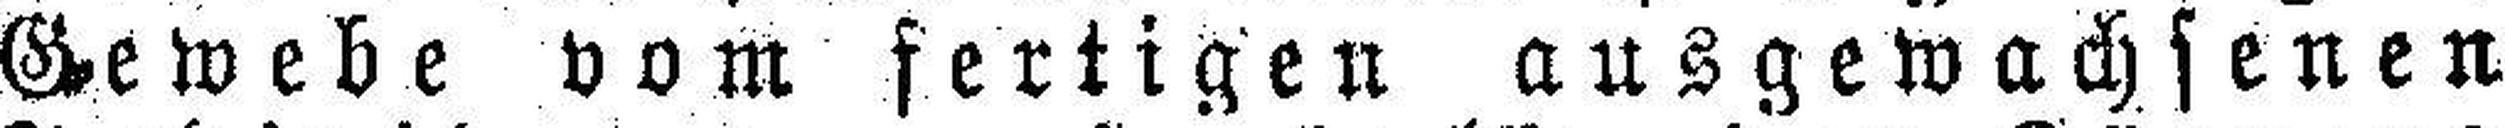
Gewebe vom fertigen ausgewachsenen